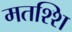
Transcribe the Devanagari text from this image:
मतश्शि